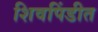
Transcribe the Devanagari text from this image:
शिवपिंडीत